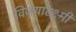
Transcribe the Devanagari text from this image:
विजयाल्क्ष्मी